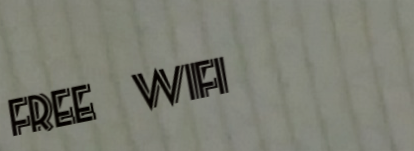
Free WiFi